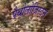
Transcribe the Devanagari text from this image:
पैथोलोजिस्ट्स